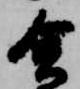
舎